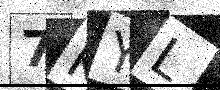
Text: 7KYL